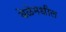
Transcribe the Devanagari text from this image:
वेळेमधील